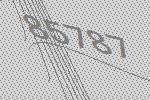
85787